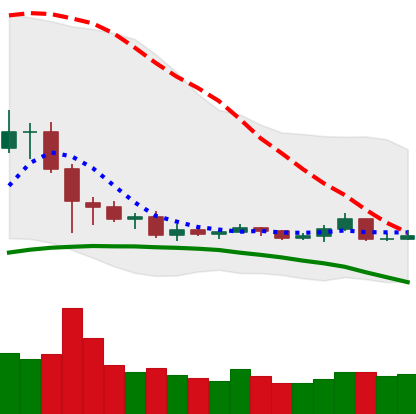
Ticker: TRX-USD
Chart end date: 2019-08-08
Forward return: -7.137%
Label: down_7plus